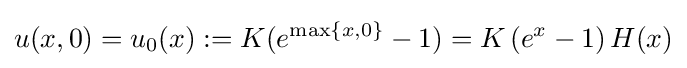
u(x,0)=u_{0}(x):=K(e^{\max\{x,0\}}-1)=K\left(e^{x}-1\right)H(x)